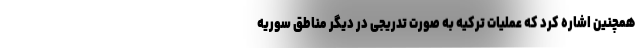
همچنین اشاره کرد که عملیات ترکیه به صورت تدریجی در دیگر مناطق سوریه